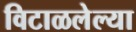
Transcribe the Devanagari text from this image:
विटाळलेल्या